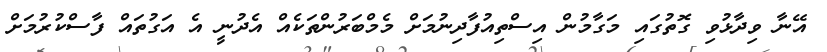
އޭނާ ވިދާޅުވި ގޮތުގައި މަގާމުން އިސްތިއުފާދިނުމަށް މެމްބަރުންތަކެއް އެދުނީ އެ އަގުތައް ފާސްކުރުމަށް